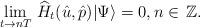
LaTeX: \begin{align*}\lim_{t\to nT}\,\widehat{H}_t(\hat{u},\hat{p})|\Psi\rangle=0,n\in\,\mathbb{Z}.\end{align*}